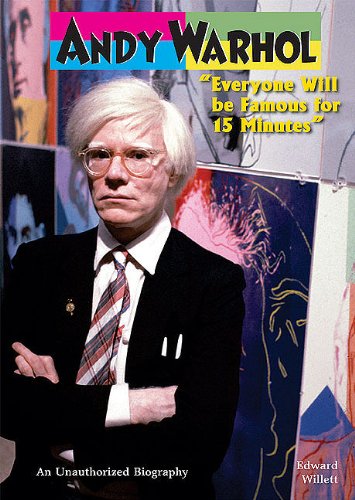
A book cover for Andy Warhol: Everyone Will Be Famous for 15 Minutes (American Rebels); Edward Willett; Teen & Young Adult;